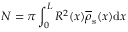
N = \pi \int _ { 0 } ^ { L } R ^ { 2 } ( x ) \overline { { \rho } } _ { \mathrm { s } } ( x ) \mathrm { d } x